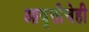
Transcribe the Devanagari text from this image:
आवृत्तीचेही